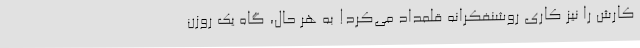
کارش را نیز کاری روشنفکرانه قلمداد می‌کرد! به هر حال، گاه یک روزن